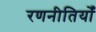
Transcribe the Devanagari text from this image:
रणनीतियोँ